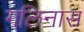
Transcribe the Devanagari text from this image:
गलिनास